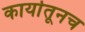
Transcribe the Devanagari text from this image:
कार्यातूनच